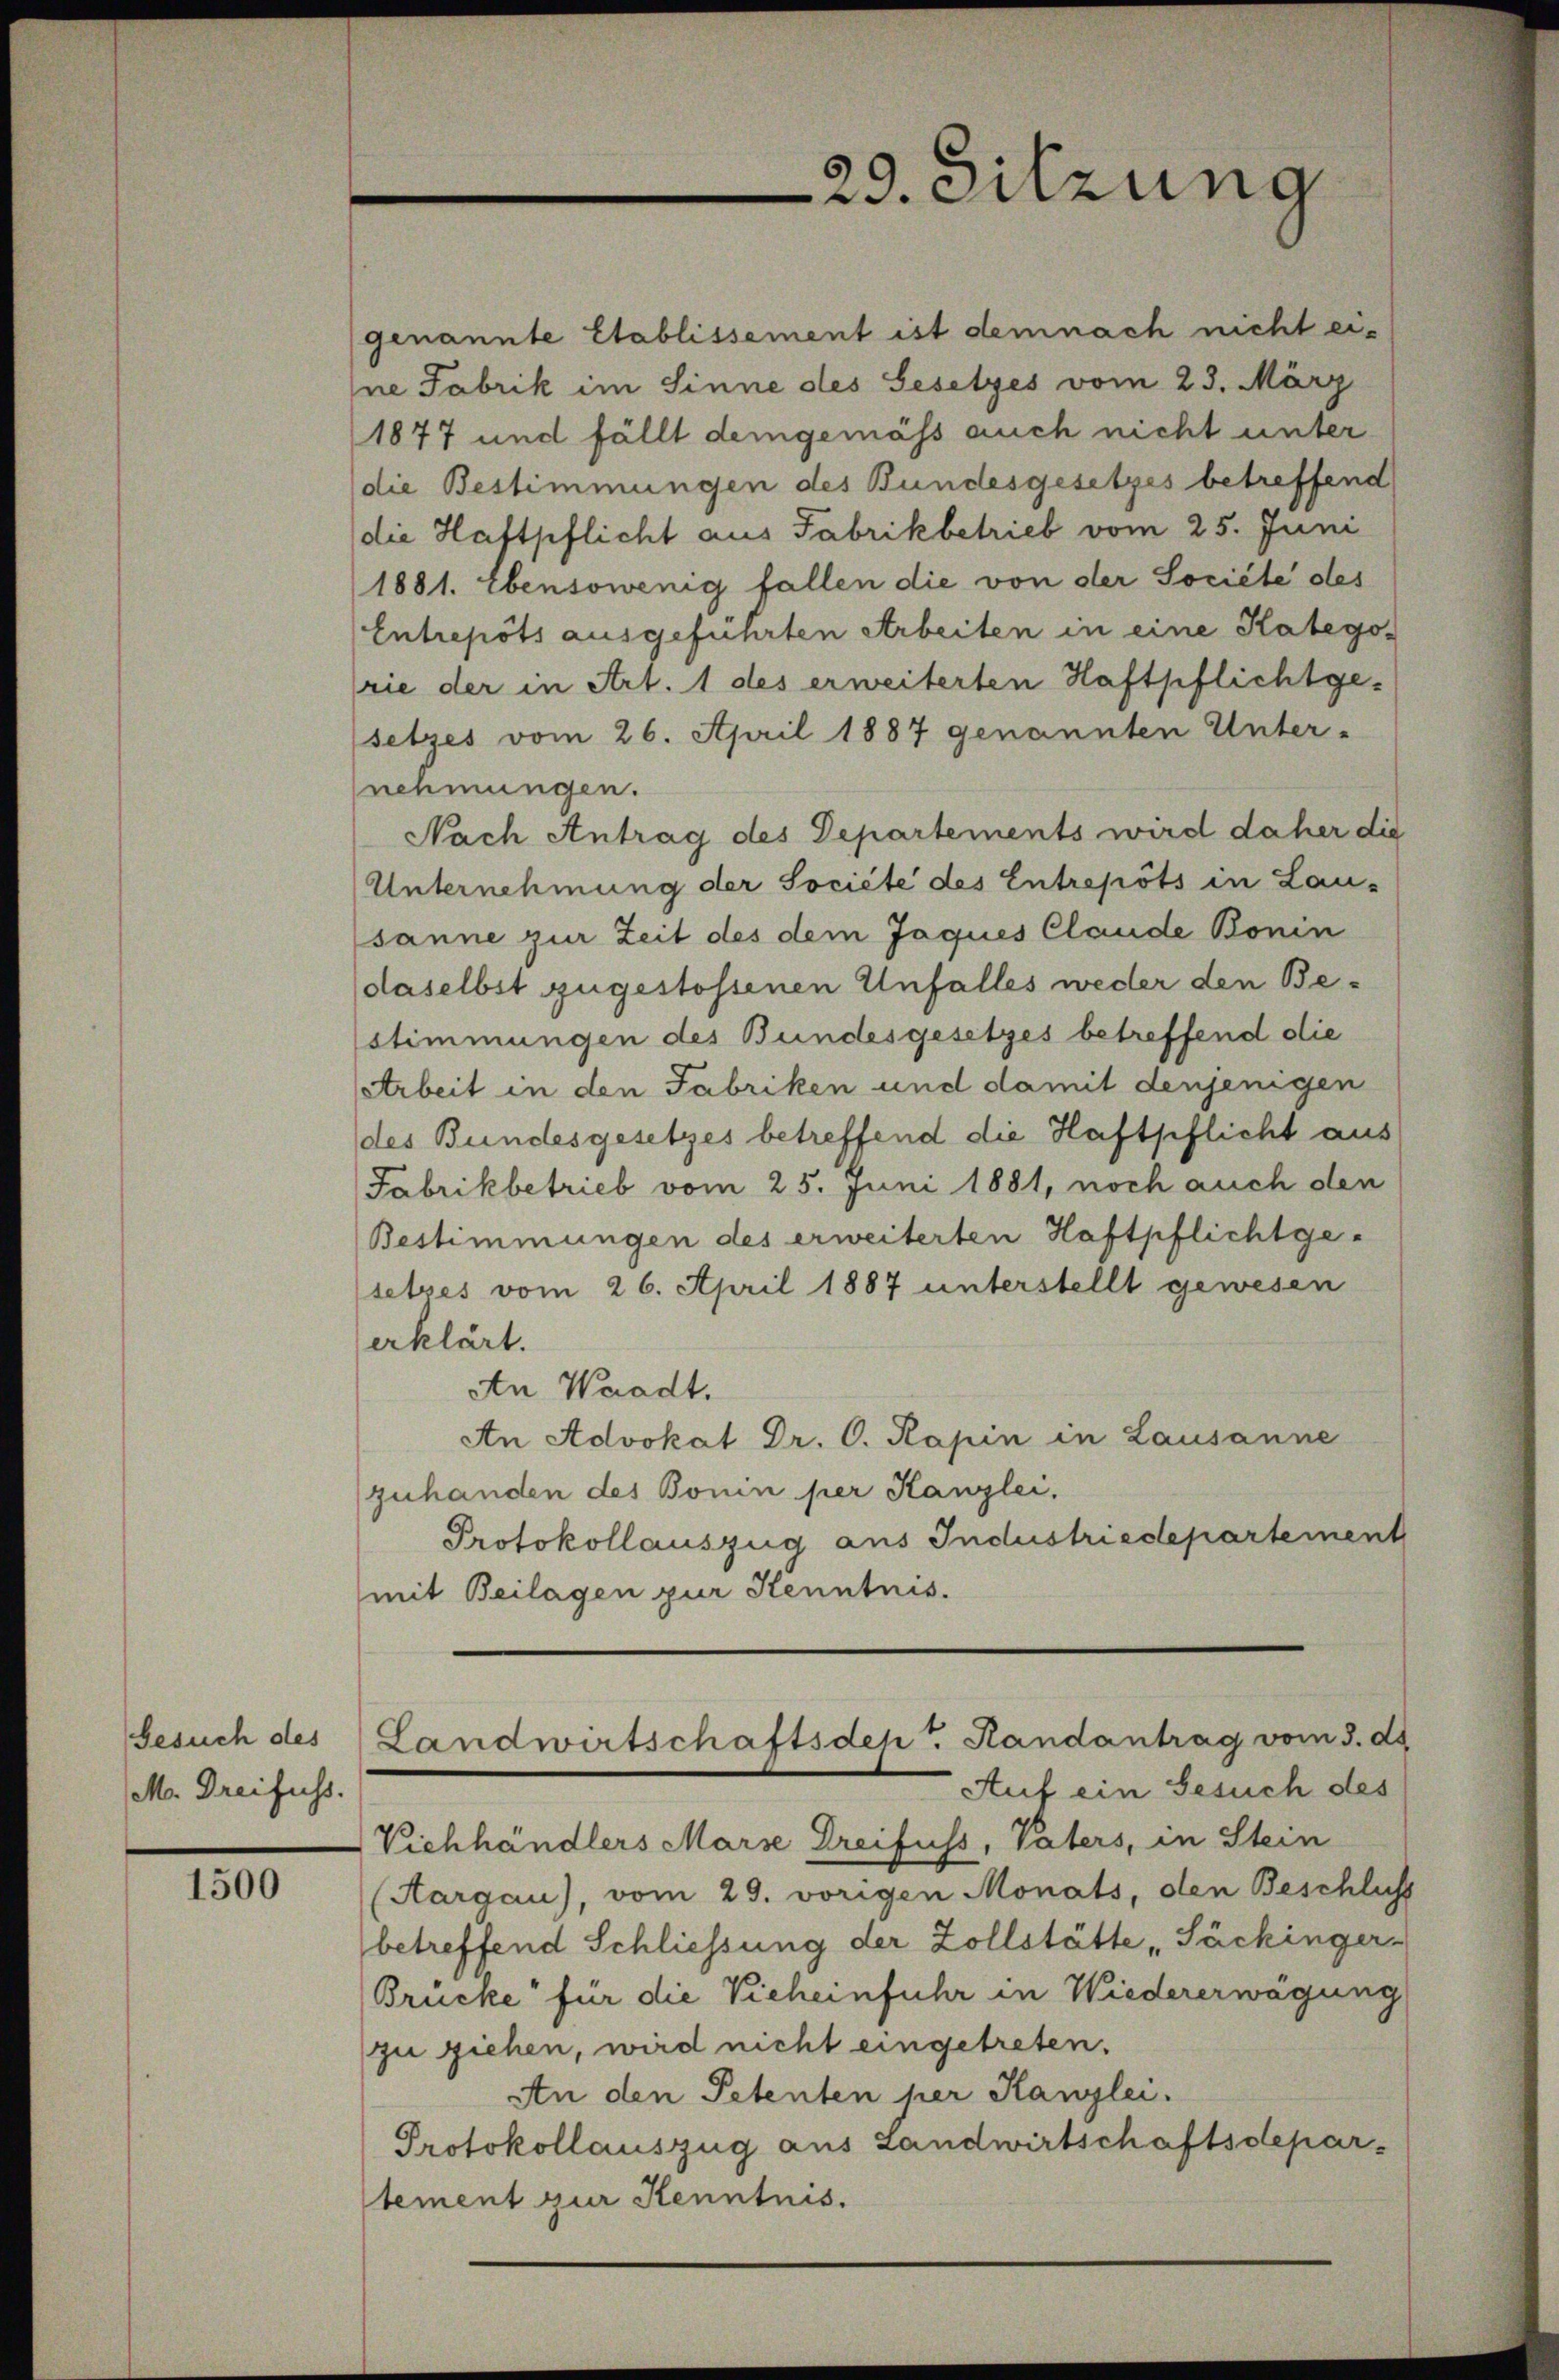
Gesuch des
M. Dreifuss.

1500

genannte Etablissement ist demnach nicht eine Fabrik im Sinne des Gesetzes vom 23. März
1877 und fällt demgemäss auch nicht unter
die Bestimmungen des Bundesgesetzes betreffend
die Haftpflicht aus Fabrikbetrieb vom 25. Juni
1881. Ebensowenig fallen die von der Société des
Entrepots ausgeführten Arbeiten in eine Kategorie der in Art. 1 des erweiterten Haftpflichtgesetzes vom 26. April 1887 genannten Unter-
nehmungen.
Nach Antrag des Departements wird daher die
Unternehmung der Société des Entrepots in Lausanne zur Zeit des dem Jaques Claude Bonin
daselbst zugestossenen Unfalles weder den Bestimmungen des Bundesgesetzes betreffend die
Arbeit in den Fabriken und damit denjenigen
des Bundesgesetzes betreffend die Haftpflicht aus
Fabrikbetrieb vom 25. Juni 1881, noch auch den
Bestimmungen des erweiterten Haftpflichtge-
setzes vom 26. April 1887 unterstellt gewesen
erklärt.
An Waadt.
An Advokat Dr. C. Kapin in Lausanne
zuhanden des Bonin per Kanzlei.
Protokollauszug aus Industriedepartement
mit Beilagen zur Kenntnis.
Landwirtschaftsdep. Handantrag vom 3. ds
Auf ein Gesuch des
Vichhändlers Marse Dreifuss, Vaters, in Stein
(Aargau), vom 29. vorigen Monats, den Beschluss
betreffend Schliessung der Zollstätte „Säckinger-
Brücke für die Vieheinfuhr in Wiedererwägung
zu ziehen, wird nicht eingetreten.
An den Petenten per Kanzlei.
Protokollauszug aus Landwirtschaftsdepar-
tement zur Kenntnis.

29. Sitzung